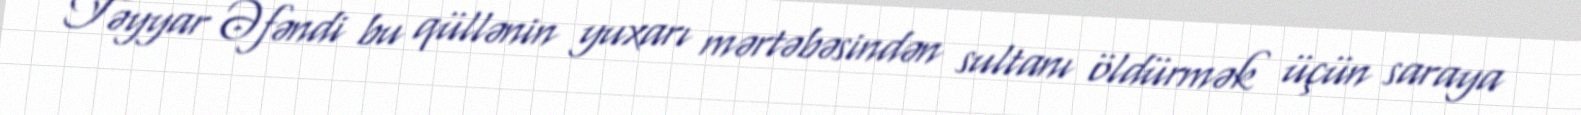
Təyyar Əfəndi bu qüllənin yuxarı mərtəbəsindən sultanı öldürmək üçün saraya